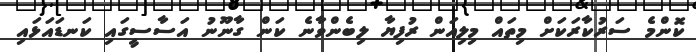
ކޮންމެ ސަރުކާރަކަށް މިތައް މިލިއަން ރުފިޔާ ލިބެންވާނެ ކަން ގާނޫނު އަސާސީގައި ކަނޑައަޅައި